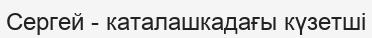
Сергей - каталашкадағы күзетші